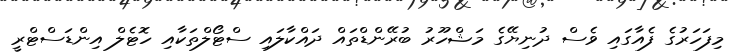
މިފަހަރުގެ ފެއާގައި ވެސް ދުނިޔޭގެ މަޝްހޫރު ބުރޭންޑްތައް ދައްކާލައި ސްޓޯލްތަކާއި ހޮޓެލް އިންޑަސްޓްރީ